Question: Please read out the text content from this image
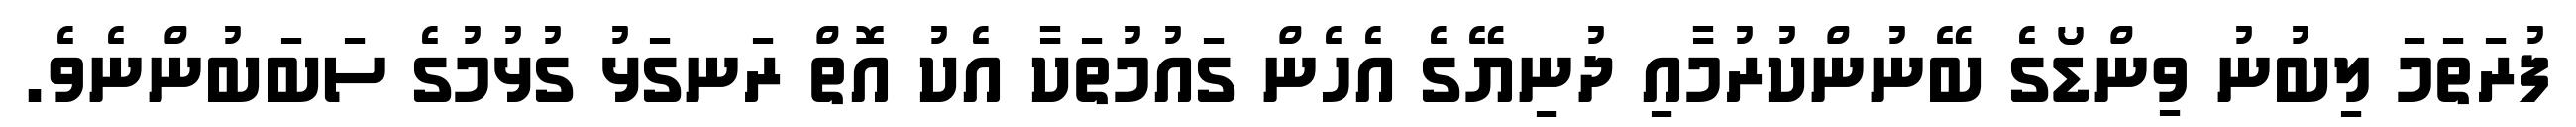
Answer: ފުރަތަމަ ލިބުނު ވިންޑޯގެ ބޭނުންކުރުމާއި ދުނިޔޭގެ އެހެން ގައުމުތަކާ އެކު އޮތް ރަނގަޅު ގުޅުމުގެ ސަބަބުންނެވެ.